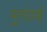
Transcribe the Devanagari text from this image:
युगांडाई